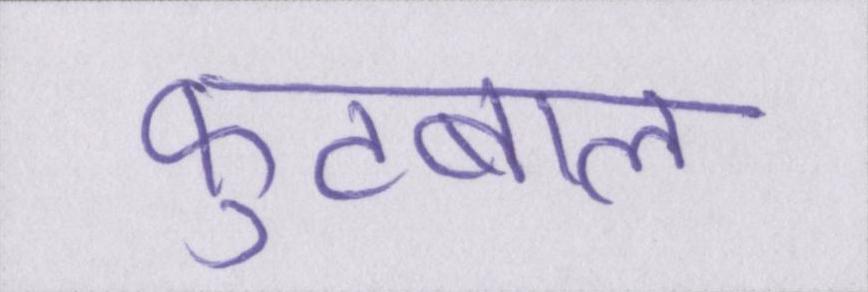
फ़ुटबाल